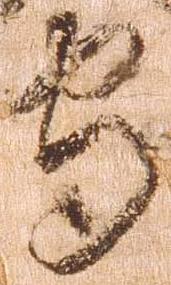
守